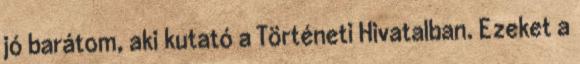
jó barátom, aki kutató a Tör­téne­ti Hivatalban. Ezeket a